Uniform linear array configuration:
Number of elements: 32
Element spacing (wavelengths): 0.25
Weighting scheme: hamming
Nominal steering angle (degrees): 30
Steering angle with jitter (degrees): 29.423
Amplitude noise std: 0.05
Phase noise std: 0.05

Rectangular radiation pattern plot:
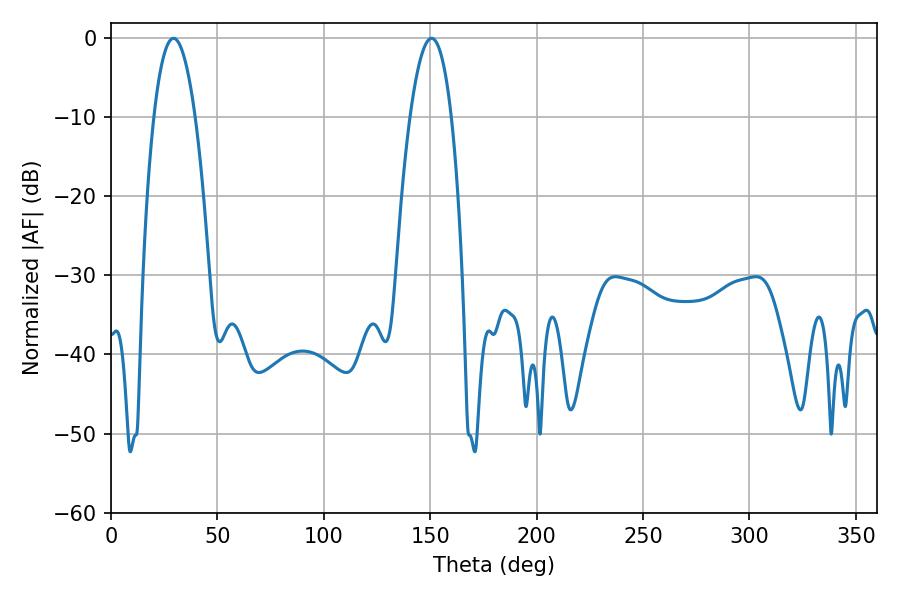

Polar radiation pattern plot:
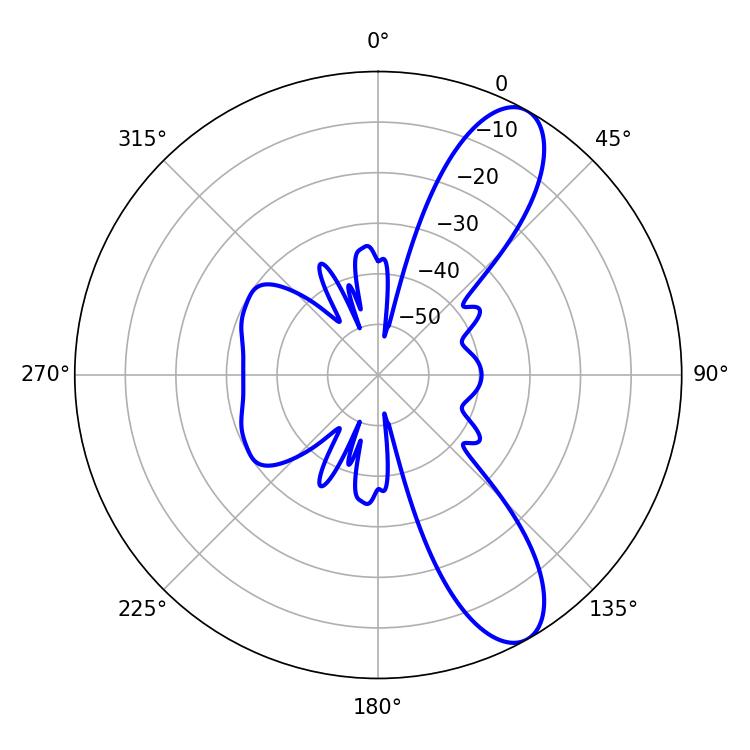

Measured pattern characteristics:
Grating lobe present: FALSE
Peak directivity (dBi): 10.063
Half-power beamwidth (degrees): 10.8
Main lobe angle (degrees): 29.34